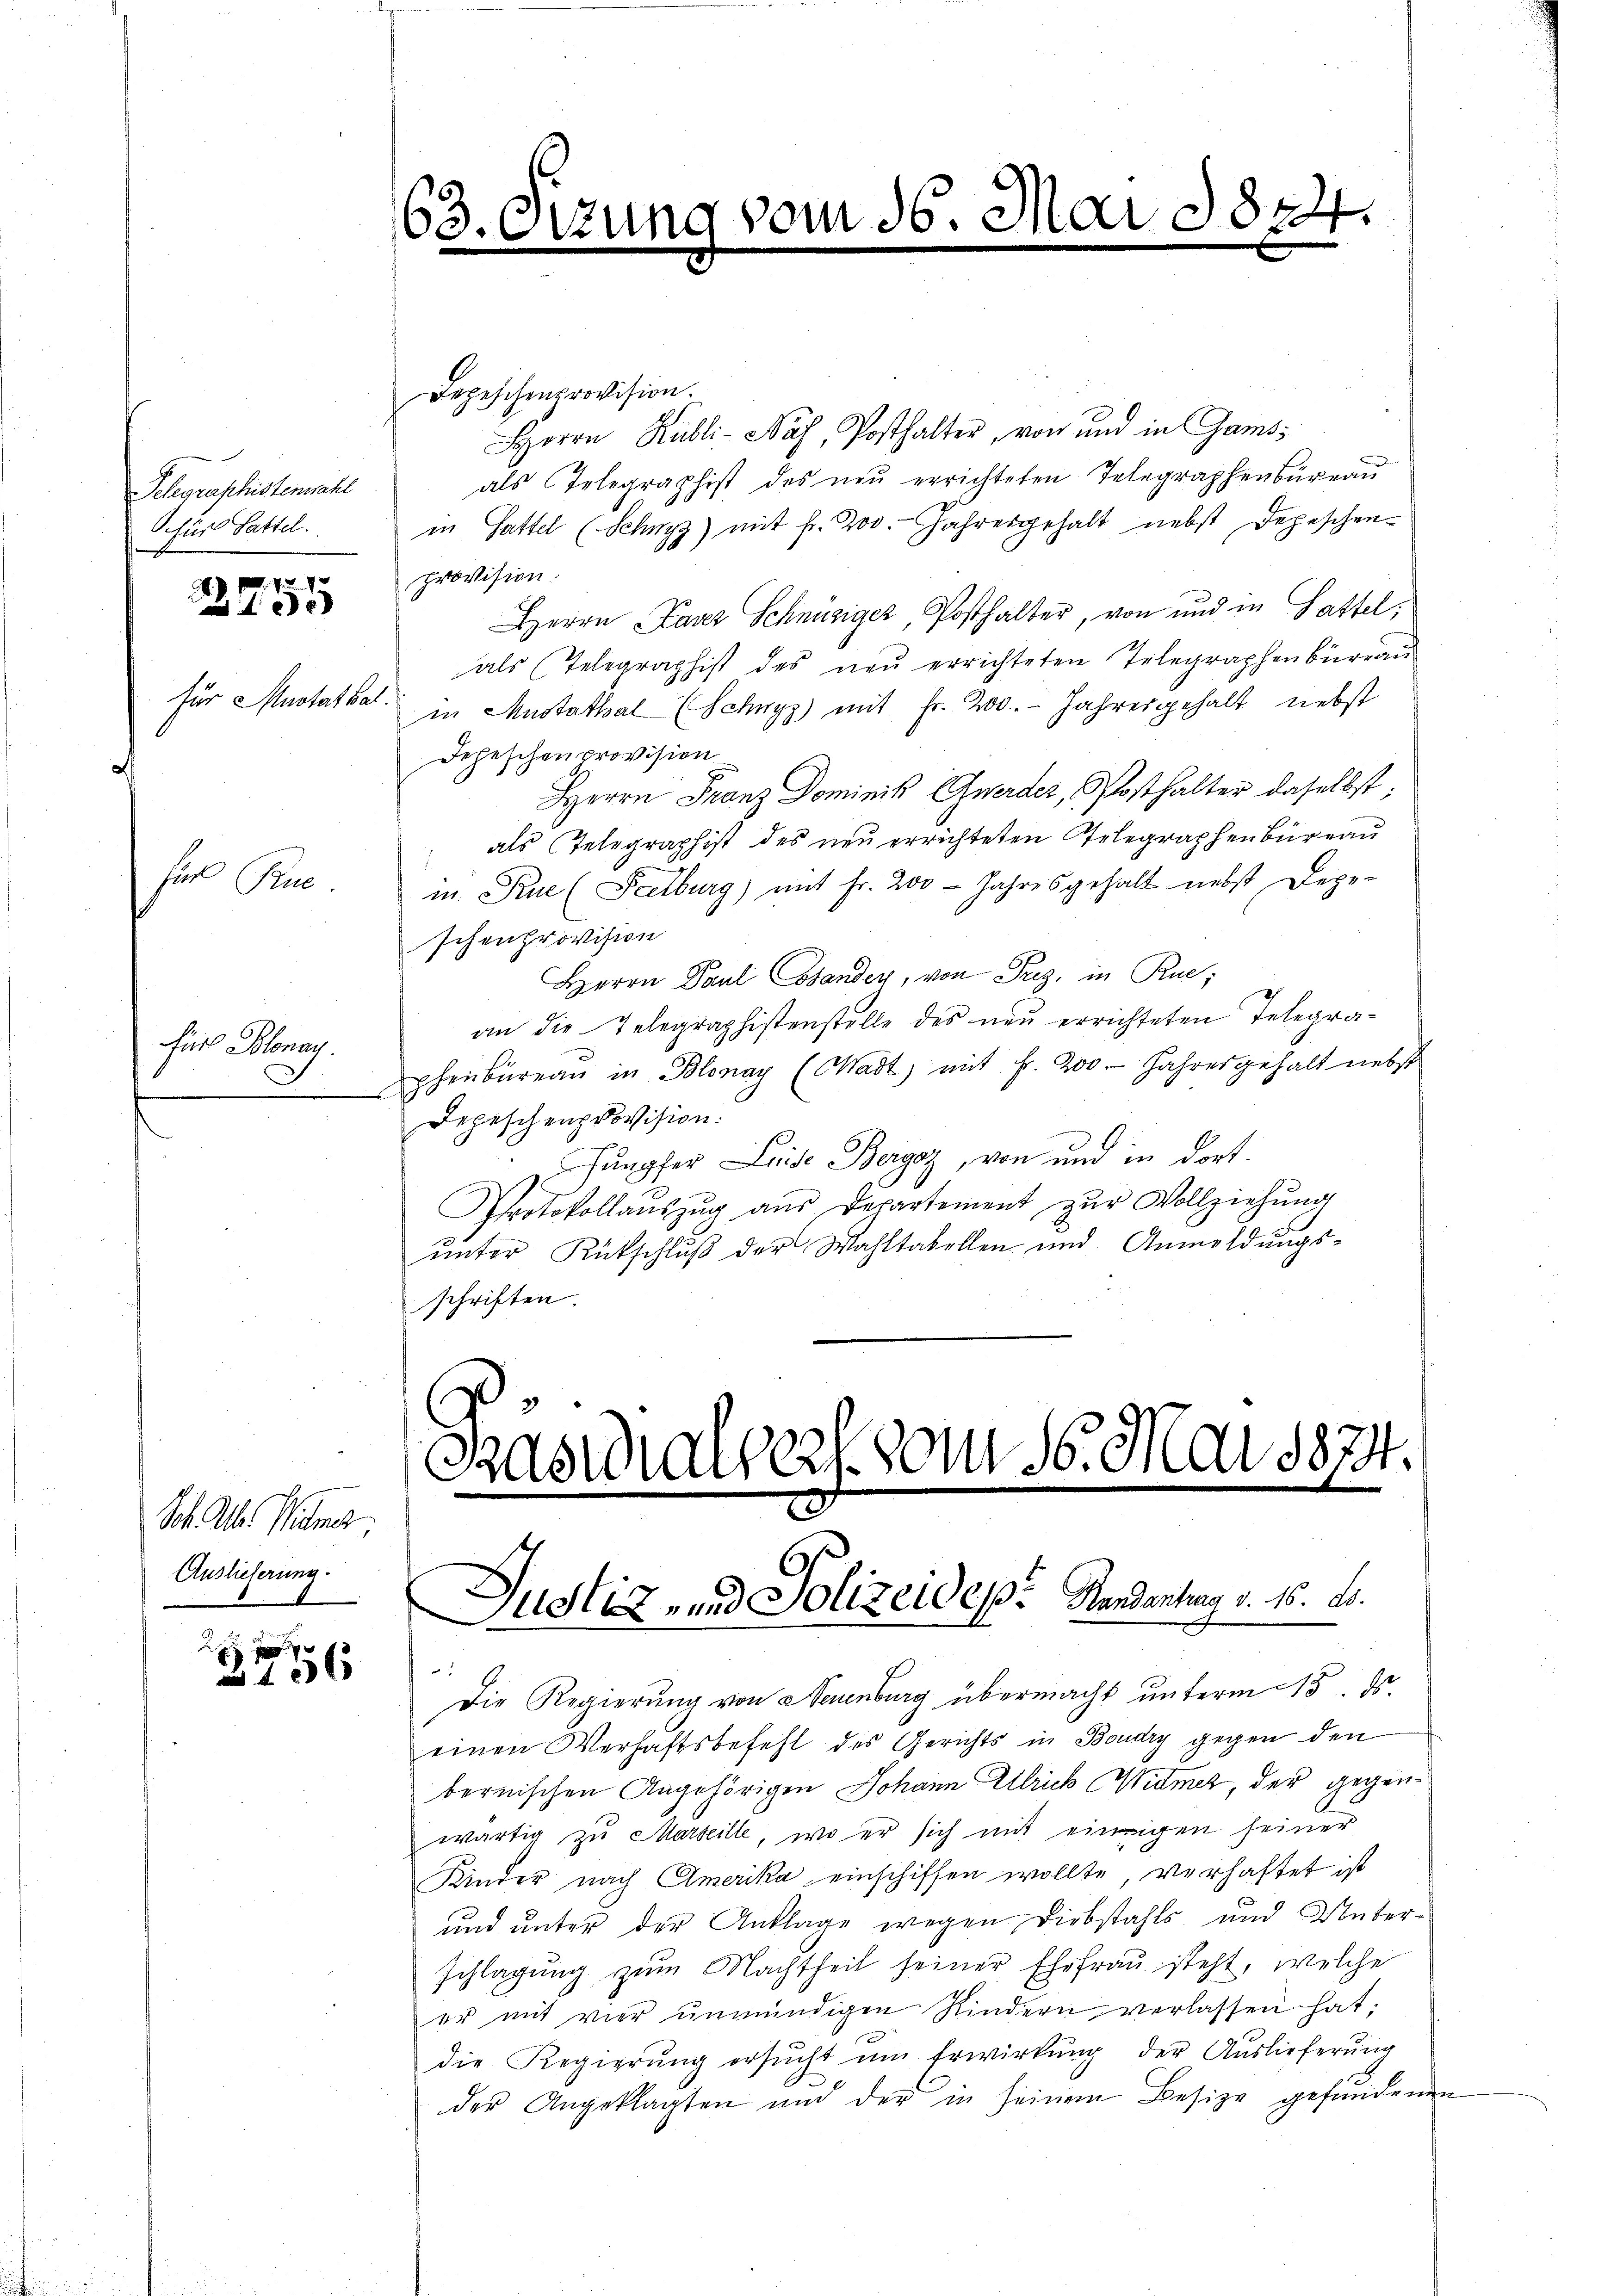
Telegraphisterwähl
O für Sattel.

für Rue

7
xx

für Mustathal.

Für Solonay.

Sch. Der Peter
Auslieferung.

2

 40 x

63. Sizun

Päsialsers vom 16. Mai 1874.
Justiz- und Polizeides. Hendantung d. 16. A.

Depeschenprovision.
Herrn Kubli-Näf, Posthalter, von und in Gamsals Telegraphist des neŭ errichteten Telegraphenbüreau
in Gattel (Schwyz) mit fr. 200. Jahresgehalt nebst Depeschenprovision:
Herrn Caver Schnüziger, Posthalter, von und in Gattel,
als Telegraphist des neu errichteten Telegraphenbüreau
in Mustathal (Schwyz) mit Fr. 200. Jahresgehalt nebst
Jeheschen provision
Herrn Franz Dominik Gweder, Posthalter daselbst:
als Telegraphist des neu errichteten Telegraphenbüreau
in Prue (Scetburg) mit Fr. 200 Jahresgehalt nebst Depe-
schenprovision
Herrn Paul Stander, von Trz, in Rue;
an die Telegraphistenstelle des neu errichteten Telegraphenbüreau in Blonay (Madt) mit f. 200. Jahresgehalt nebst
Depeschenprovision.
Jungfer Luise Bergoz, von und in dort.
Protokollaŭszŭg aŭs Departement zŭr Vollziehŭng
unter Rückschluß der Wahltabellen und Anmeldungsschriften.

vom 16. Mai 1824.

Die Regierung von Neuenburg übermacht unterm 15. ds.
einen Verhaftsbefehl des Gerichts in Boudry gegen den
bernischen Angehörigen Johann Allrich Widmer, der gegenwärtig zu Marseille, wo er sich mit einigen seiner
Kinder nach Amerika einschiffen wollte, verhaftet ist
und unter der Anklage wegen Diebstahls und über¬
Schlagung zum Nachtheil seiner Ehefrau steht, welche
er mit vier unmündigen Kindern verlassen hat;
die Regierŭng ersŭcht um Erwirkung der Auslieferung
der Angeklagten und der in seinem Besize gefundenen